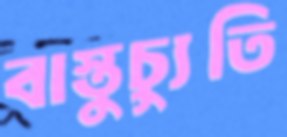
বাস্তুচ্যুতি